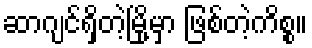
ဆာဂျင်ရှိတဲ့မြို့မှာ ဖြစ်တဲ့ကိစ္စ။